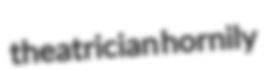
theatrician hornily